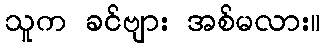
သူက ခင်ဗျား အစ်မလား။